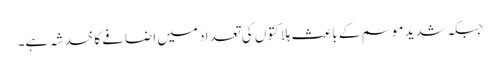
جبکہ شدید موسم کے باعث ہلاکتوں کی تعداد میں اضافے کا خدشہ ہے۔